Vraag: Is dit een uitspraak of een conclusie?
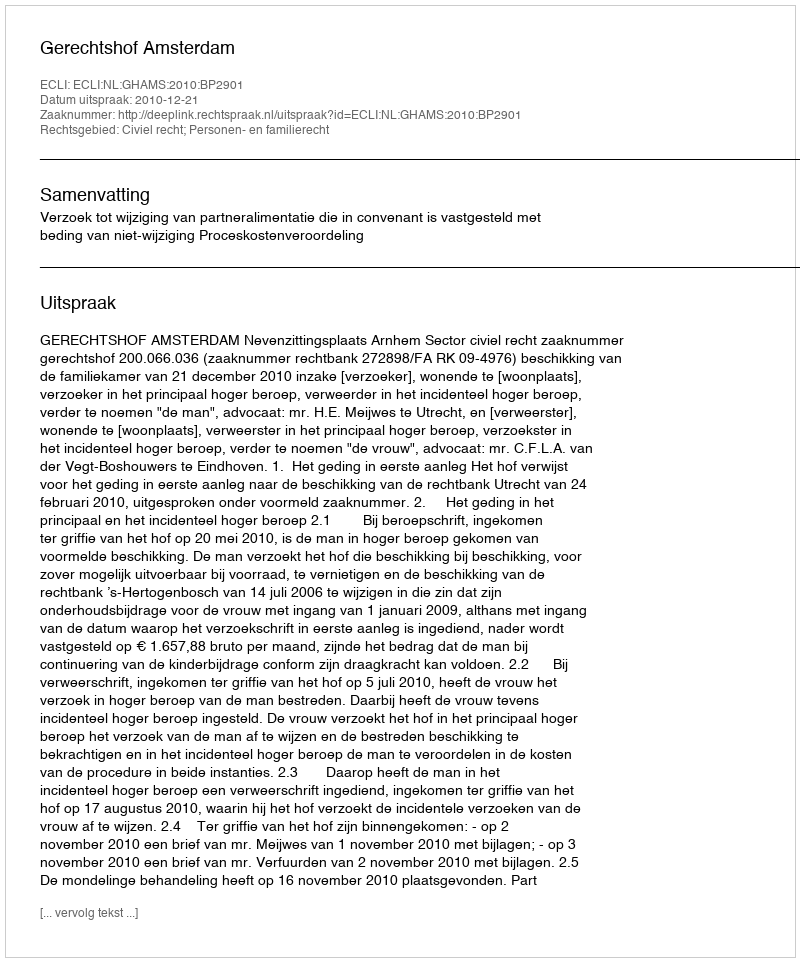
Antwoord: Uitspraak